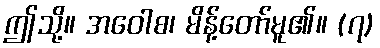
ဤသို့။ အဝေါစ၊ မိန့်တော်မူ၏။ (၇)